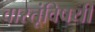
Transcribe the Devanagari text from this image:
वास्तूंविषयी